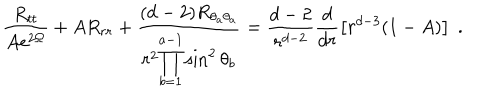
\frac { R _ { t t } } { A e ^ { 2 \Omega } } + A R _ { r r } + \frac { ( d - 2 ) R _ { \theta _ { a } \theta _ { a } } } { r ^ { 2 } \displaystyle { \prod _ { b = 1 } ^ { a - 1 } \sin ^ { 2 } \theta _ { b } } } = \frac { d - 2 } { r ^ { d - 2 } } \frac { d } { d r } \left[ r ^ { d - 3 } ( 1 - A ) \right] \; .